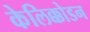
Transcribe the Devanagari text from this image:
केलिक्कोडन